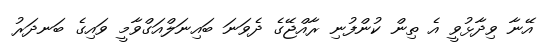
އޭނާ ވިދާޅުވީ އެ ތިން ކުންފުނި ރާއްޖޭގެ ދެވަނަ ބައިނަލްއަގްވާމީ ވައިގެ ބަނދަރު